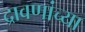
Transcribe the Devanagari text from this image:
द्रावणांच्या